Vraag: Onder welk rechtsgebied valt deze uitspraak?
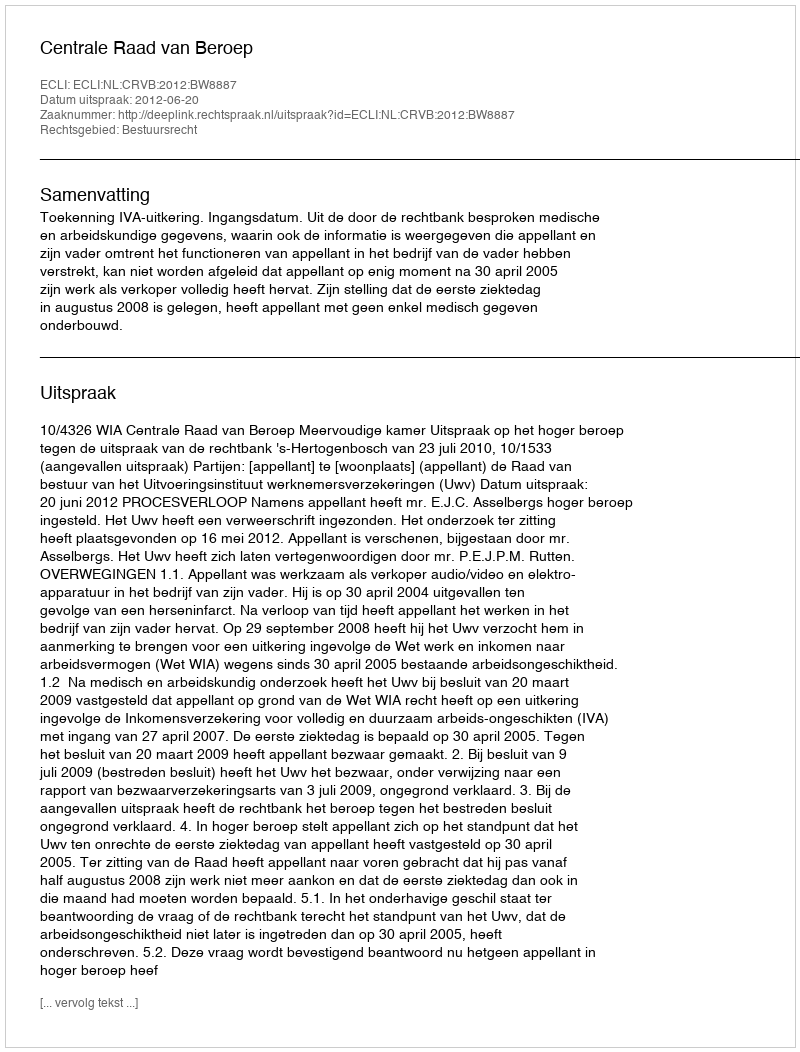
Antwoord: Bestuursrecht